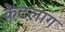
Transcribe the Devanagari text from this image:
केटलाग